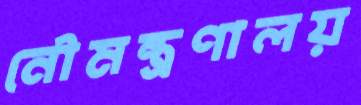
নৌমন্ত্রণালয়